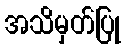
အသိမှတ်ပြု